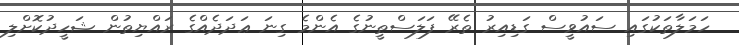
ހަމަލާތަކުގައި ސައުވީސް ގަޑިއިރު ތެރޭ ފަލަސްޠީނުގެ އެންމެ ގިނަ ޢަދަދެއްގެ ރައްޔިތުން ޝަހީދުކޮށްލި